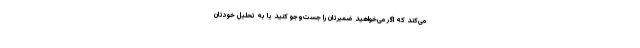
می‌کند که اگر می‌خواهید ضمیرتان را جست‌وجو کنید یا به تحلیل خودتان